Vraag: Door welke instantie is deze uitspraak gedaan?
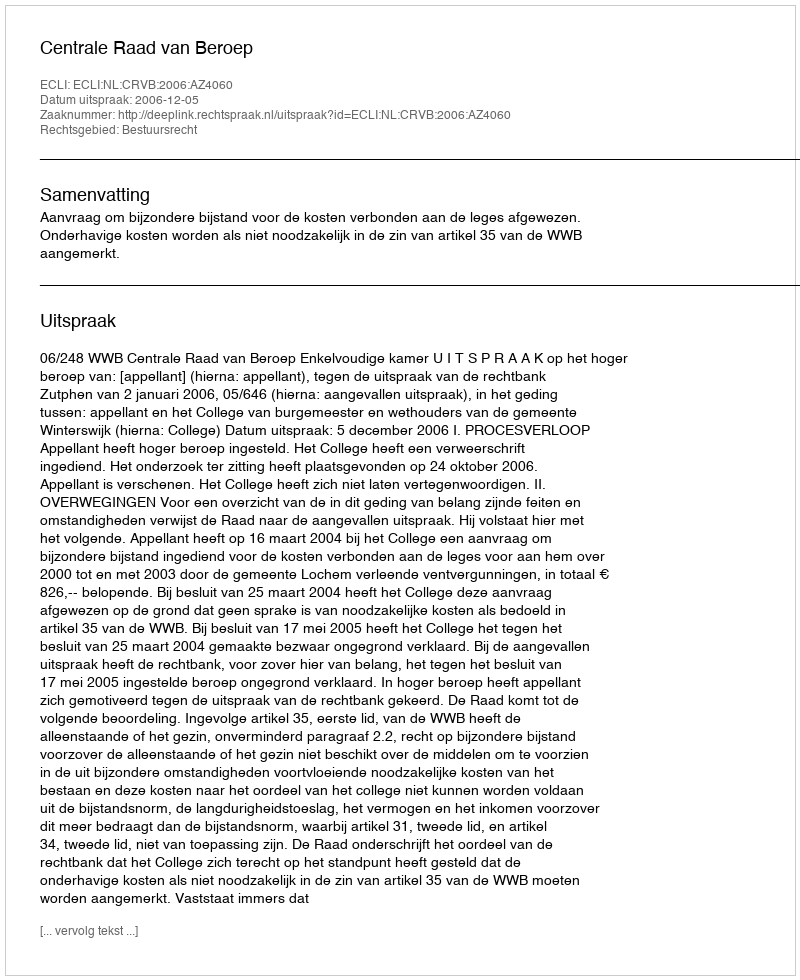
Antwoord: Centrale Raad van Beroep